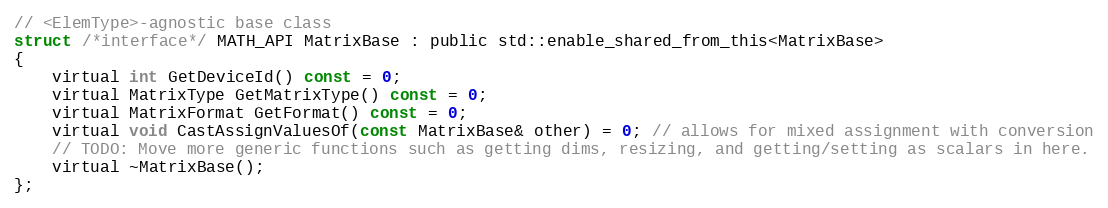
Language: C
// <ElemType>-agnostic base class
struct /*interface*/ MATH_API MatrixBase : public std::enable_shared_from_this<MatrixBase>
{
    virtual int GetDeviceId() const = 0;
    virtual MatrixType GetMatrixType() const = 0;
    virtual MatrixFormat GetFormat() const = 0;
    virtual void CastAssignValuesOf(const MatrixBase& other) = 0; // allows for mixed assignment with conversion
    // TODO: Move more generic functions such as getting dims, resizing, and getting/setting as scalars in here.
    virtual ~MatrixBase();
};